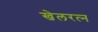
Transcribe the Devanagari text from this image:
खेलरत्‍न